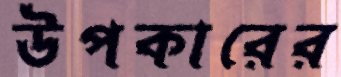
উপকারের